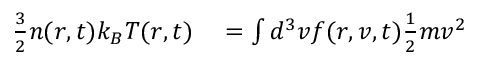
\begin{array} { r l } { \frac { 3 } { 2 } n ( \boldsymbol { r } , t ) k _ { B } T ( \boldsymbol { r } , t ) } & { { } = \int d ^ { 3 } v f ( \boldsymbol { r } , \boldsymbol { v } , t ) \frac { 1 } { 2 } m \boldsymbol { v } ^ { 2 } } \end{array}